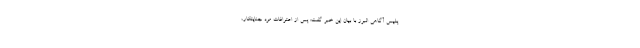
پلیس آگاهی البرز با بیان این خبر گفت: پس از اعترافات مرد جنایتکار،